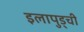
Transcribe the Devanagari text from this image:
इलापुड्ची